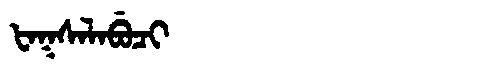
Manchu: ᡶᠠᡴᠰᠠᠯᠠᠪᡠᠴᡳ
Romanization: FAKSALABUCI